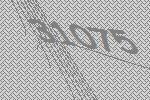
31075